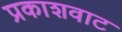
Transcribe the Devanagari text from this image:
प्रकाशवाट